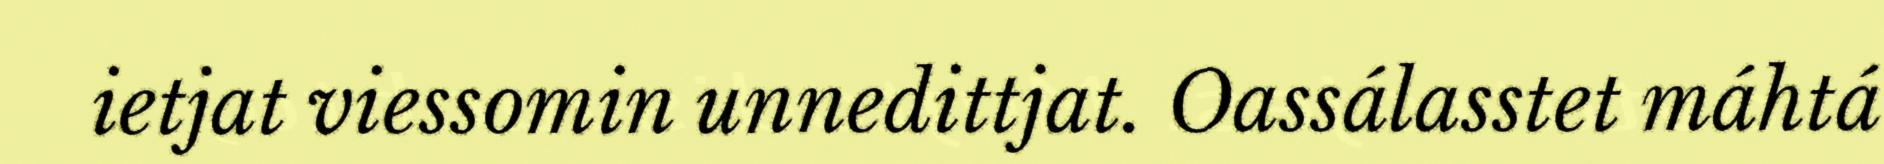
ietjat viessomin unnedittjat. Oassálasstet máhtá